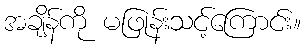
အချိန်ကို မဖြုန်းသင့်ကြောင်း။